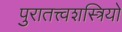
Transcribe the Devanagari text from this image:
पुरातत्त्वशस्त्रियों